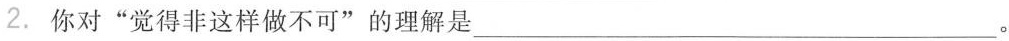
2.你对”觉得非这样做不可”的理解是 ___。